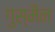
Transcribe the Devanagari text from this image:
गुस्मैन